Vaccination in the Punjab 1867-1880 - 1867-1880
Year: 1867
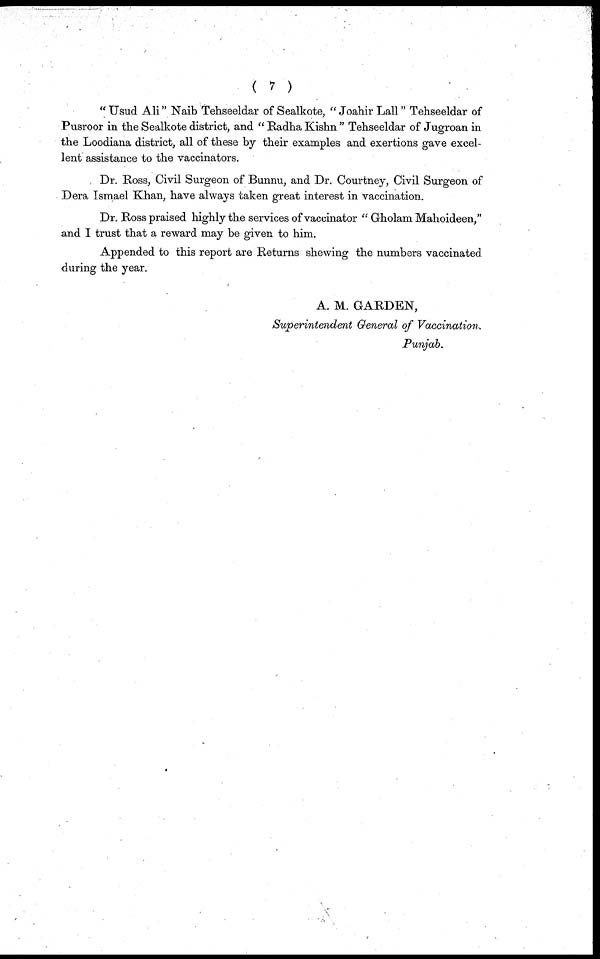
( 7 )
"Usud Ali" Naib Tehseeldar of Sealkote, "Joahir Lall" Tehseeldar of
Pusroor in the Sealkote district, and "Radha Kishn" Tehseeldar of Jugroan in
the Loodiana district, all of these by their examples and exertions gave excel-
lent assistance to the vaccinators.
Dr. Ross, Civil Surgeon of Bunnu, and Dr. Courtney, Civil Surgeon of
Dera Ismael Khan, have always taken great interest in vaccination.
Dr. Ross praised highly the services of vaccinator "Gholam Mahoideen,"
and I trust that a reward may be given to him.
Appended to this report are Returns shewing the numbers vaccinated
during the year.
A. M. GARDEN,
Superintendent General of Vaccination.
Punjab.